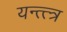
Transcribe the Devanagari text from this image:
यन्त्त्त्र